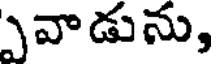
వాడును,